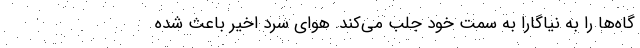
گاه‌ها را به نیاگارا به سمت خود جلب می‌کند. هوای سرد اخیر باعث شده